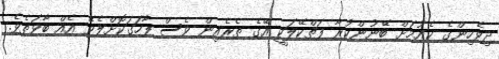
ދިވެހިންގެ ކެއުމަށް ބޭނުންކުރާ ފަތްކޭލަކީ އޭގެ ތެރެއިން ވެސް ފާހަގަކޮށްލެވޭ އެއް ބާވަތެވެ.